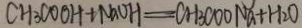
C H _ { 3 } C O O H + N a O H = C H _ { 3 } C O O N a + H _ { 2 } O